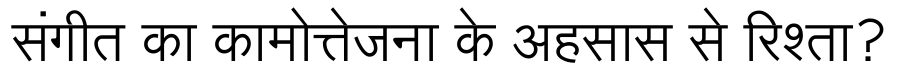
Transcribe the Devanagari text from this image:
संगीत का कामोत्तेजना के अहसास से रिश्ता?